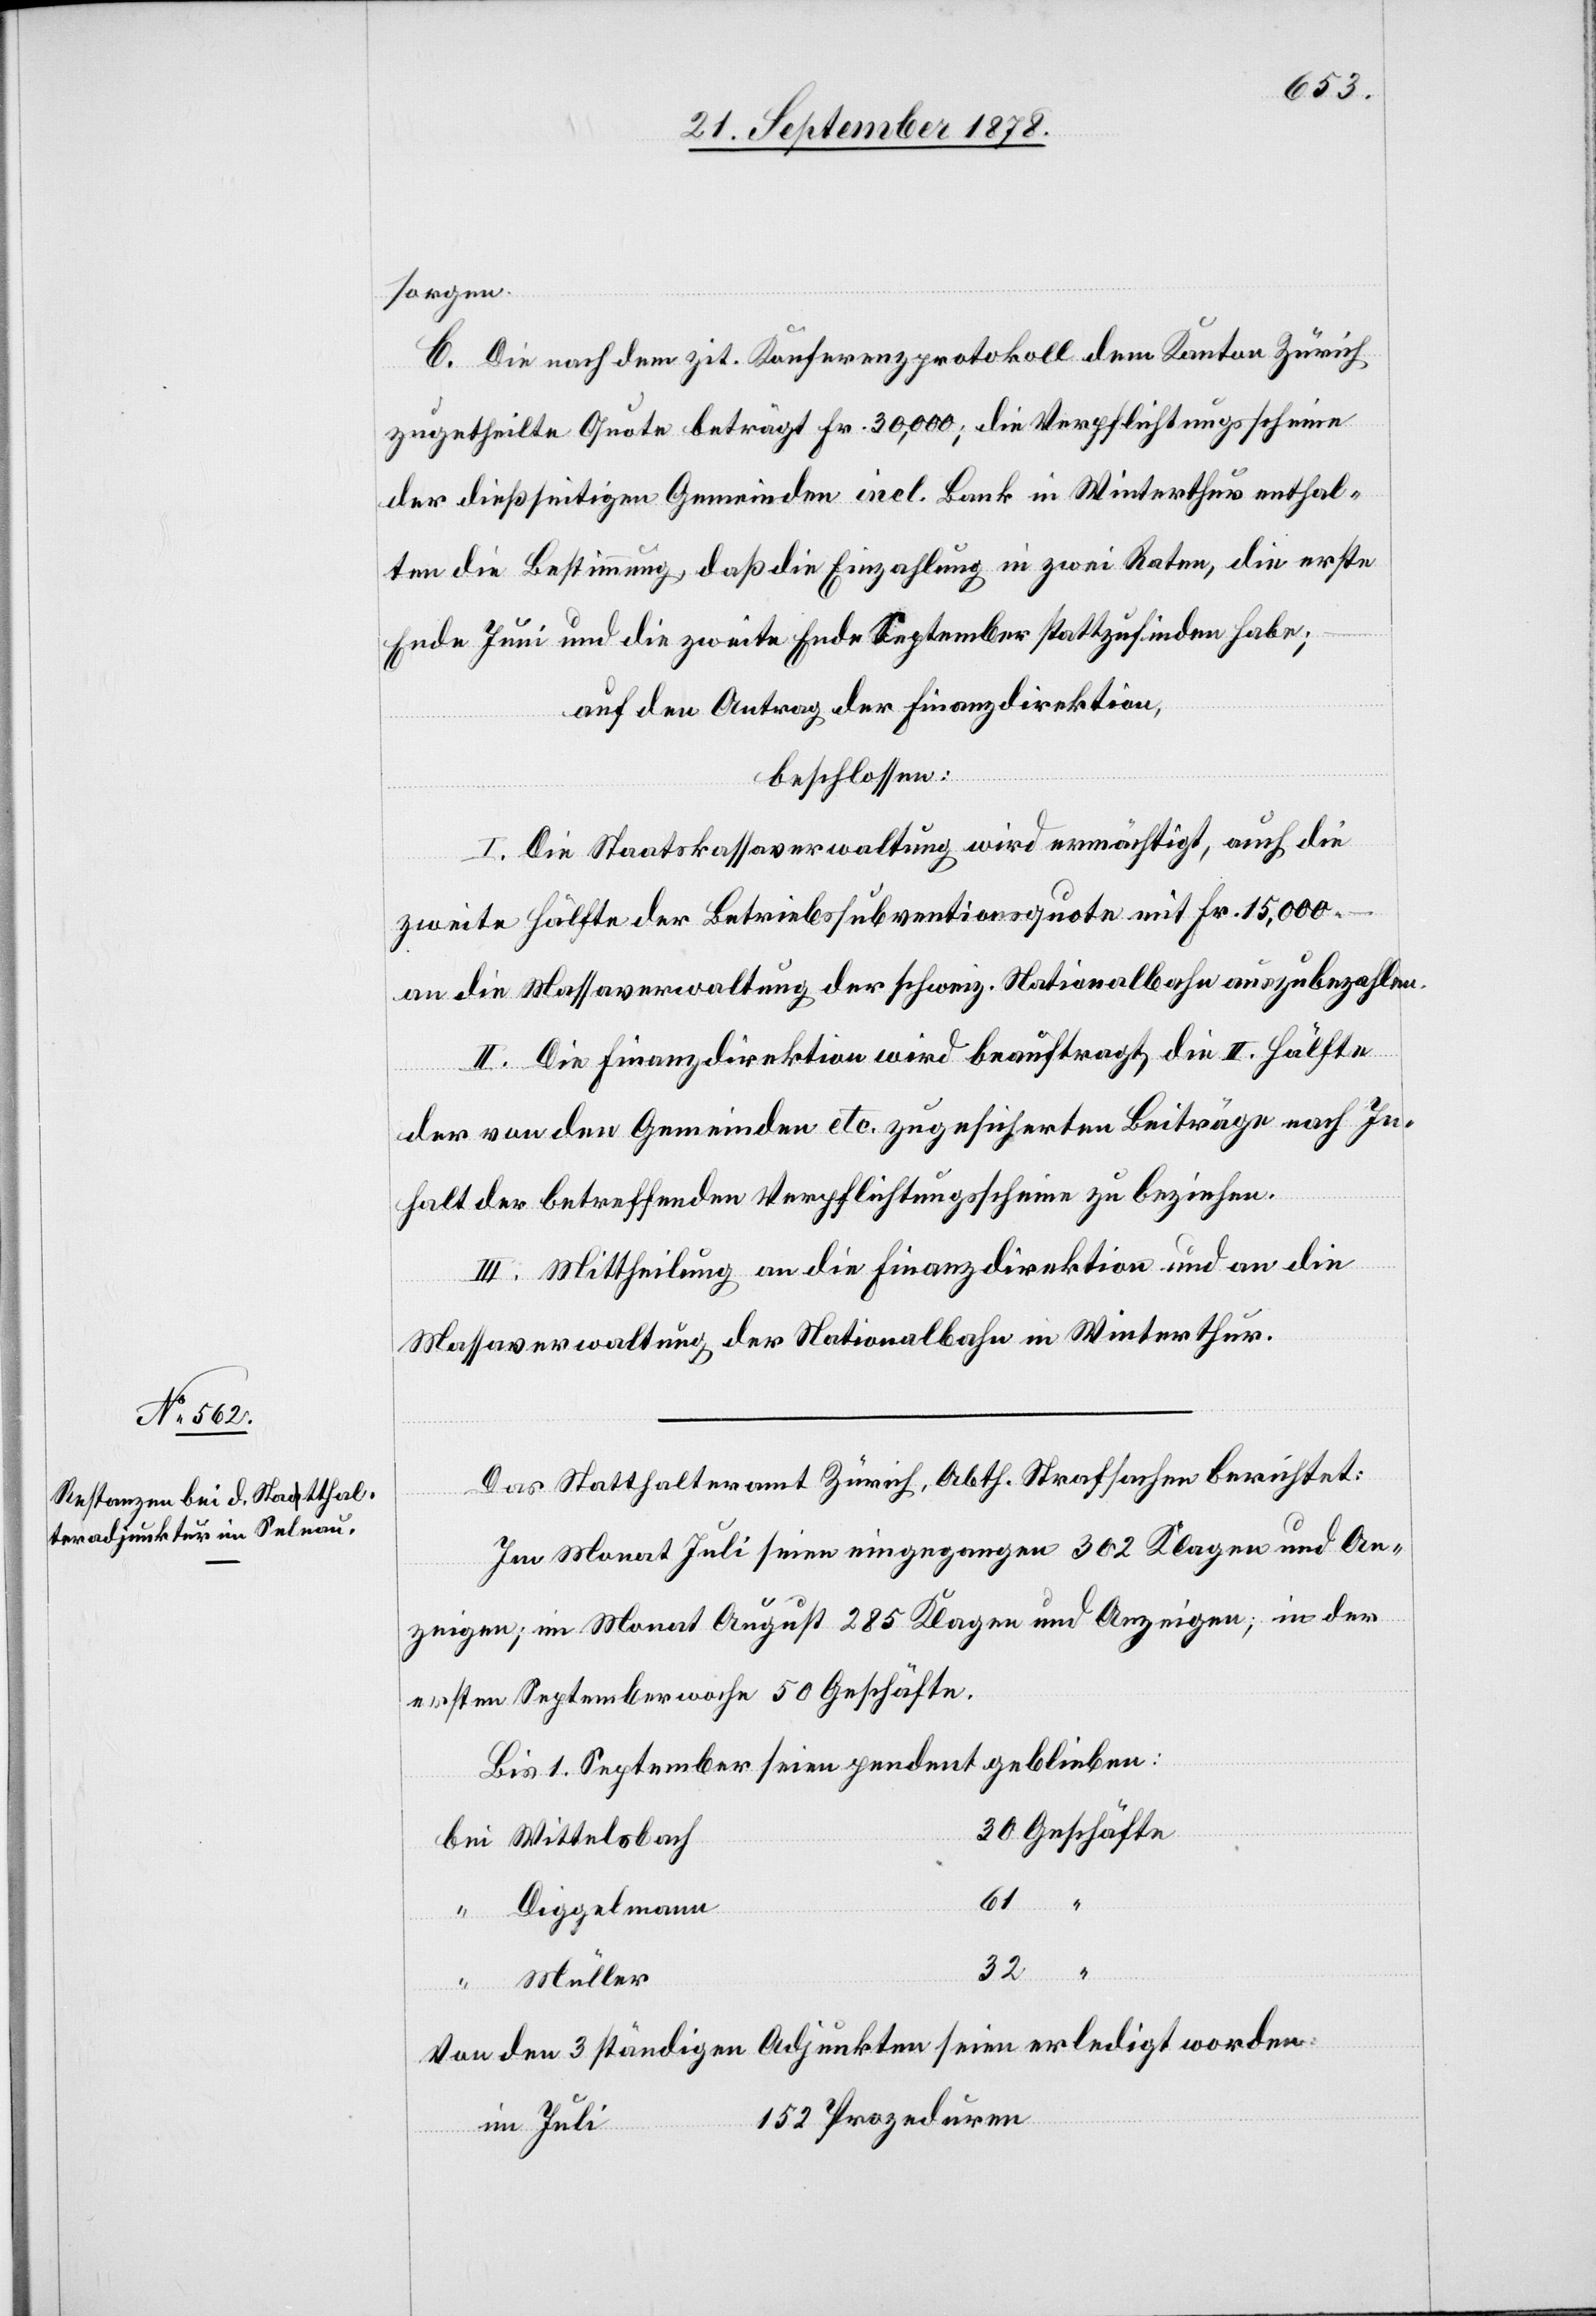
sorgen.
C. Die nach dem zit. Konferenzprotokoll dem Kanton Zürich
zugetheilte Quote beträgt Fr. 30,000; die Verpflichtungsscheine
der dießseitigen Gemeinden incl. Bank in Winterthur enthal¬
ten die Bestimmung, daß die Einzahlung in zwei Raten, die erste
Ende Juni und die zweite Ende September stattzufinden habe;
auf den Antrag der Finanzdirektion,
beschlossen:
I. Die Staatskassaverwaltung wird ermächtigt, auch die
zweite Hälfte der Betriebssubventionsquote mit Fr. 15,000.–
an die Massaverwaltung der schweiz. Nationalbahn auszubezahlen.
II. Die Finanzdirektion wird beauftragt, die II. Hälfte
der von den Gemeinden etc. zugesicherten Beiträge nach In¬
halt der betreffenden Verpflichtungsscheine zu beziehen.
III. Mittheilung an die Finanzdirektion und an die
Wasserverwaltung der Nationalbahn in Winterthur.
Das Statthalteramt Zürich, Abth. Strafsachen berichtet:
Im Monat Juli seien eingegangen 302 Klagen und An¬
zeige; im Monat August 285 Klagen und Anzeigen, in der
ersten Septemberwoche 50 Geschäfte.
Bis 1. September seien pendent geblieben:
30 Geschäfte
bei Wittelsbach
Diggelmann
32
61 “
Müller
Von den 3 ständigen Adjunkten seien erledigt worden:
152 Prozeduren
im Juli